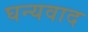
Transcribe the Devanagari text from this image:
घन्यवाद